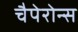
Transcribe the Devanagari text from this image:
चैपेरोन्स